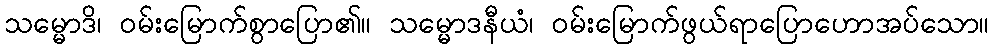
သမ္မောဒိ၊ ဝမ်းမြောက်စွာပြော၏။ သမ္မောဒနီယံ၊ ဝမ်းမြောက်ဖွယ်ရာပြောဟောအပ်သော။